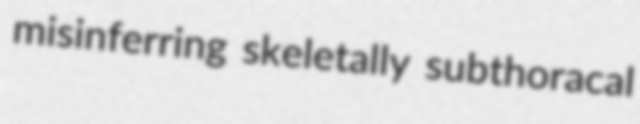
misinferring skeletally subthoracal